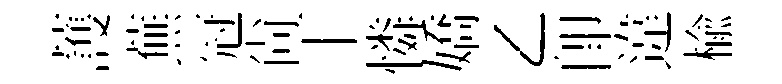
䕶蕪冠尙丅憐嬌乙即違榆